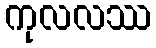
ကုလလဿ